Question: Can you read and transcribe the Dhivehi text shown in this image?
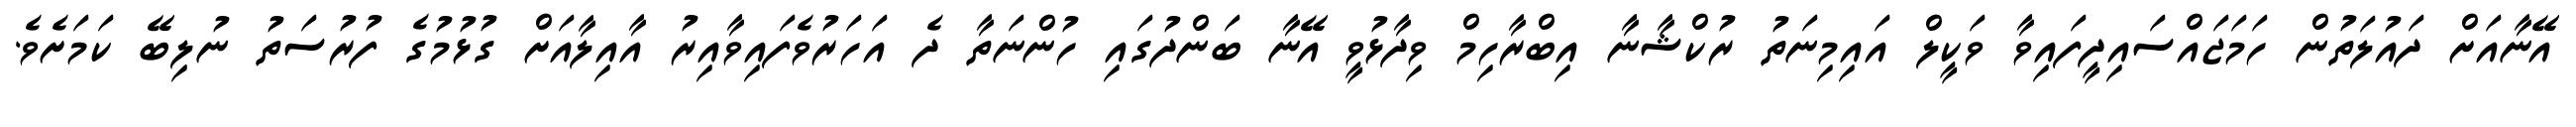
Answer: އޭނާއަށް ދައުލަތުން ހަމަޖައްސައިދީފައިވާ ވަކީލް އައިމިނަތު ރުކްޝާނާ އިބްރާހިމް ވިދާޅުވީ އޭނާ ބަންދުގައި ހުންނަތާ ދެ އަހަރުވެފައިވާއިރު އާއިލާއަށް ގުޅުމުގެ ފުރުސަތު ނުލިބޭ ކަމަށެވެ.